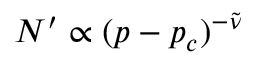
N ^ { \prime } \propto ( p - p _ { c } ) ^ { - \widetilde \nu }